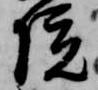
院